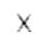
X